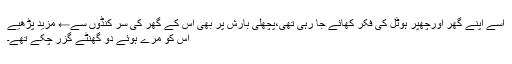
اسے اپنے گھر اورچھپر ہوٹل کی فکر کھائے جا رہی تھی،پچھلی بارش پر بھی اس کے گھر کی سر کنڈوں سے← مزید پڑھیے
اُس کو مرے ہوئے دو گھنٹے گزر چکے تھے۔